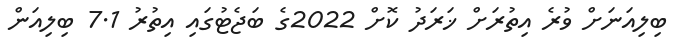
ބިލިއަނަށް ވުރެ އިތުރަށް ޚަރަދު ކޮށް 2022ގެ ބަޖެޓުގައި އިތުރު 7.1 ބިލިއަން